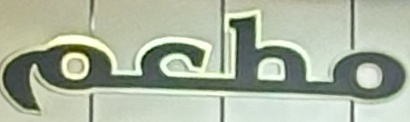
مطعم